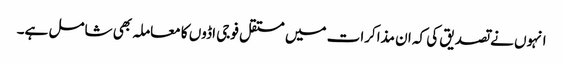
انہوں نے تصدیق کی کہ ان مذاکرات میں مستقل فوجی اڈوں کا معاملہ بھی شامل ہے۔